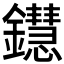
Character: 𨯚